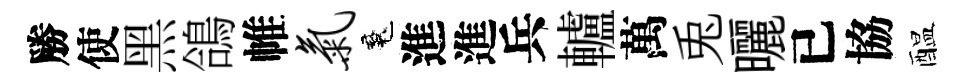
勝使黑鴿帷气魂進進兵轤萬兎曬已協醖